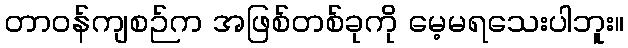
တာဝန်ကျစဉ်က အဖြစ်တစ်ခုကို မေ့မရသေးပါဘူး။